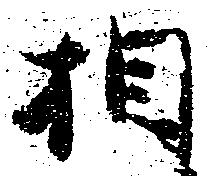
相